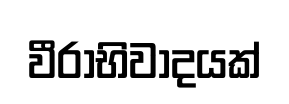
වීරාභිවාදයක්